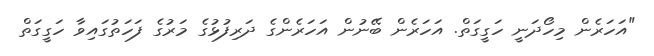
"އަހަރެން މިހޯދަނީ ހަގީގަތް. އަހަރެން ބޭނުން އަހަރެންގެ ދަރިފުޅުގެ މަރުގެ ފަހަތުގައިވާ ހަގީގަތް